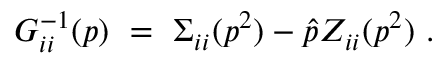
G _ { i i } ^ { - 1 } ( p ) \ = \ \Sigma _ { i i } ( p ^ { 2 } ) - \hat { p } Z _ { i i } ( p ^ { 2 } ) \ .